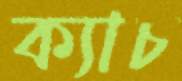
ক্যাচ